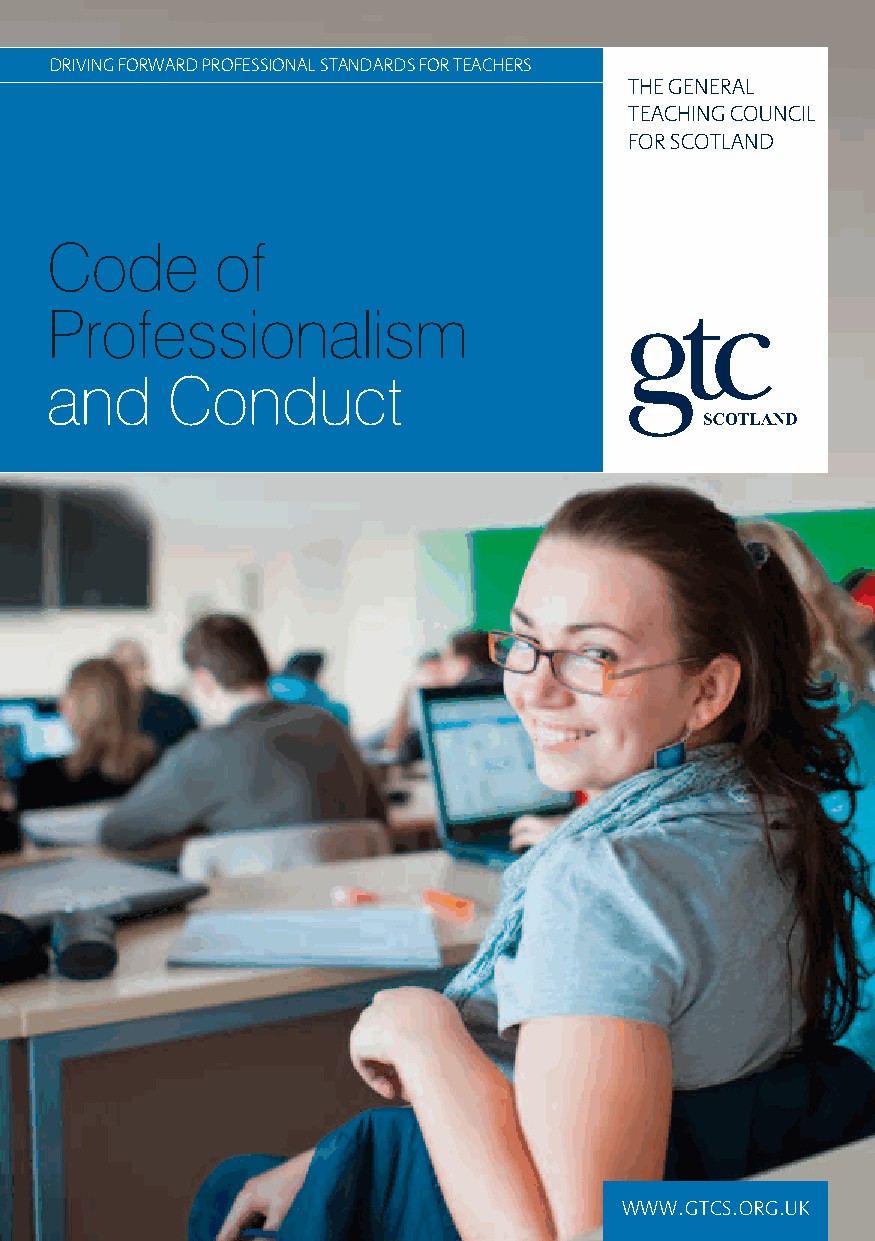
drivinG forward profeSSional STandardS for TeacherS
 The General
 TeachinG council
 for ScoTland
 Code       of
 Professionalism
 and     Conduct
 www.GTcS.orG.uk